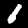
Digit: 1